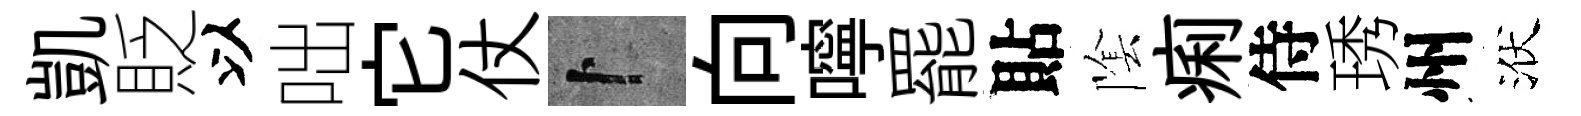
凱貶以咄它仗卜向嚀罷貼隂痢侍琇州洑